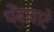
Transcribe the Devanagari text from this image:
थेंबावाटे